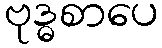
ဗုဒ္ဓစာပေ